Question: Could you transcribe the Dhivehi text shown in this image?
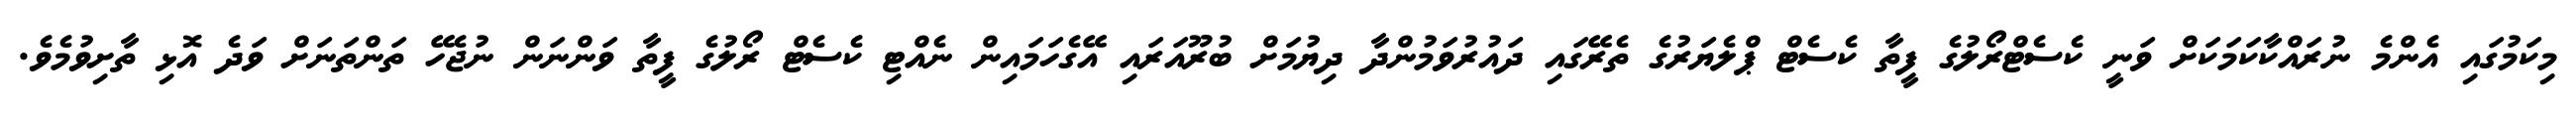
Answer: މިކަމުގައި އެންމެ ނުރައްކާކަމަކަށް ވަނީ ކެސެޓްރޯލުގެ ފީތާ ކެސެޓް ޕްލެޔަރުގެ ތެރޭގައި ދައުރުވަމުންދާ ދިޔުމަށް ބުރޫއަރައި އޭގެހަމައިން ނެއްޓި ކެސެޓް ރޯލުގެ ފީތާ ވަންނަން ނުޖެހޭ ތަންތަނަށް ވަދެ އޮޅި ތާށިވުމެވެ.